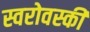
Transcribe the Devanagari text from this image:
स्वरोवस्की